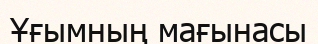
Ұғымның мағынасы